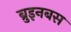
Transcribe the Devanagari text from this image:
ब्रुइनबस